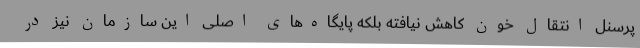
پرسنل انتقال خون کاهش نیافته بلکه پایگاه‌های اصلی این سازمان نیز در